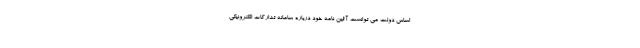
اساس دولت می توانست آئین نامه خود درباره سامانه تدارکات الکترونیکی